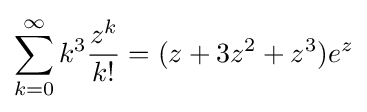
\sum _{k=0}^{\infty }k^{3}{\frac {z^{k}}{k!}}=(z+3z^{2}+z^{3})e^{z}